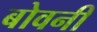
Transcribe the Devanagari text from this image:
बोवनी